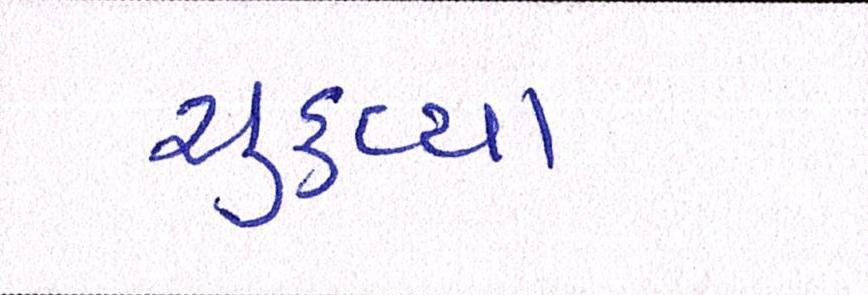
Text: ચુકવ્યા